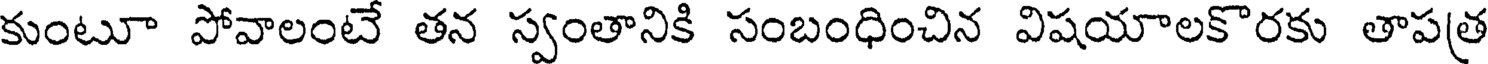
కుంటూ పోవాలంటే తన స్వంతానికి సంబంధించిన విషయాలకొరకు తాపత్ర